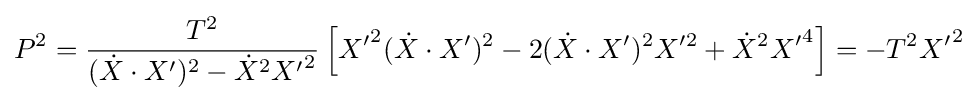
P^{2}={\frac {T^{2}}{({\dot {X}}\cdot X')^{2}-{\dot {X}}^{2}{X'}^{2}}}\left[{X'}^{2}({\dot {X}}\cdot X')^{2}-2({\dot {X}}\cdot X')^{2}X'^{2}+{\dot {X}}^{2}{X'}^{4}\right]=-T^{2}{X'}^{2}